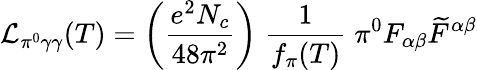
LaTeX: {\cal L}_{\pi^{0}\gamma\gamma}(T)=\left({\frac{e^{2}N_{c}}{48\pi^{2}}}\right)\; {\frac{1}{f_{\pi}(T)}}\; \pi^{0}F_{\alpha\beta}\widetilde{F}^{\alpha\beta}